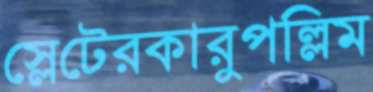
স্লেটেরকারুপল্লিম